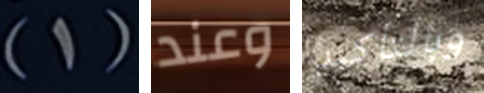
(1) وعند وبالتأكيد